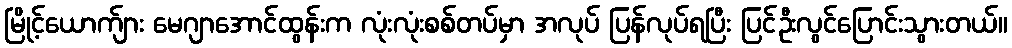
မြိုင့်ယောက်ျား မေဂျာအောင်ထွန်းက လုံးလုံးစစ်တပ်မှာ အလုပ် ပြန်လုပ်ရပြီး ပြင်ဦးလွင်ပြောင်းသွားတယ်။